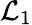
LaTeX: \mathcal{L}_{1}